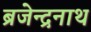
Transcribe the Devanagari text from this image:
ब्रजेन्द्रनाथ